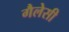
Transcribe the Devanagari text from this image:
गैलेसी